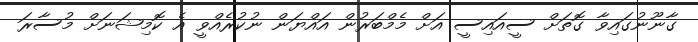
ގާނޫނުގައިވާ ގޮތަށް ސީއައިސީ އަށް މެމްބަރުން އައްޔަން ނުކުރެއްވީ އެ ކޮމިޝަނަށް މުސާރަ